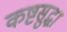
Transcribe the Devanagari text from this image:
कष्टसुद्धा